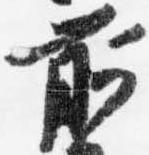
前